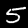
Digit: 5